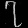
Digit: ၇